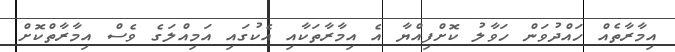
އިމާރާތެއް ހައްދުވަން ހަވާލު ކޮށްފިއްޔާ އެ އިމާރާތަކާއި އެކުގައި އަމިއްލަގެ ވެސް އިމާރާތްކޮށް